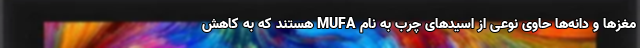
مغزها و دانه‌ها حاوی نوعی از اسیدهای چرب به نام MUFA هستند که به کاهش